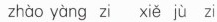
zhao yang zi xie ju zi